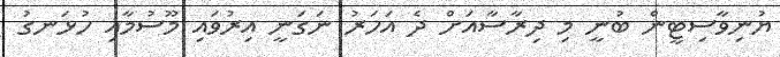
ޔުނިވާސިޓީން ބުނީ މި ދިރާސާއަށް ދެ އަހަރު ނަގަނީ އިރުވައި މޫސުމާއި ހުޅަނގު